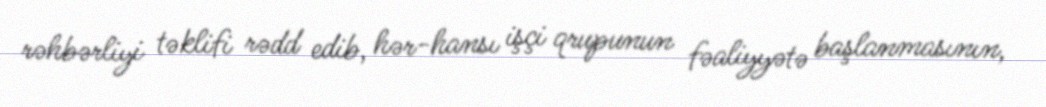
rəhbərliyi təklifi rədd edib, hər-hansı işçi qrupunun fəaliyyətə başlanmasının,